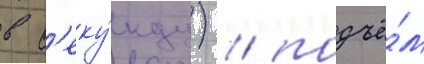
в с'еку́нду) / подъё́м